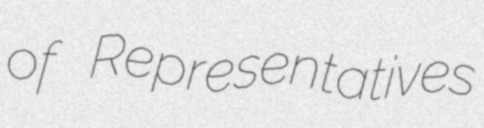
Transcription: of Representatives